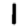
Digit: 1